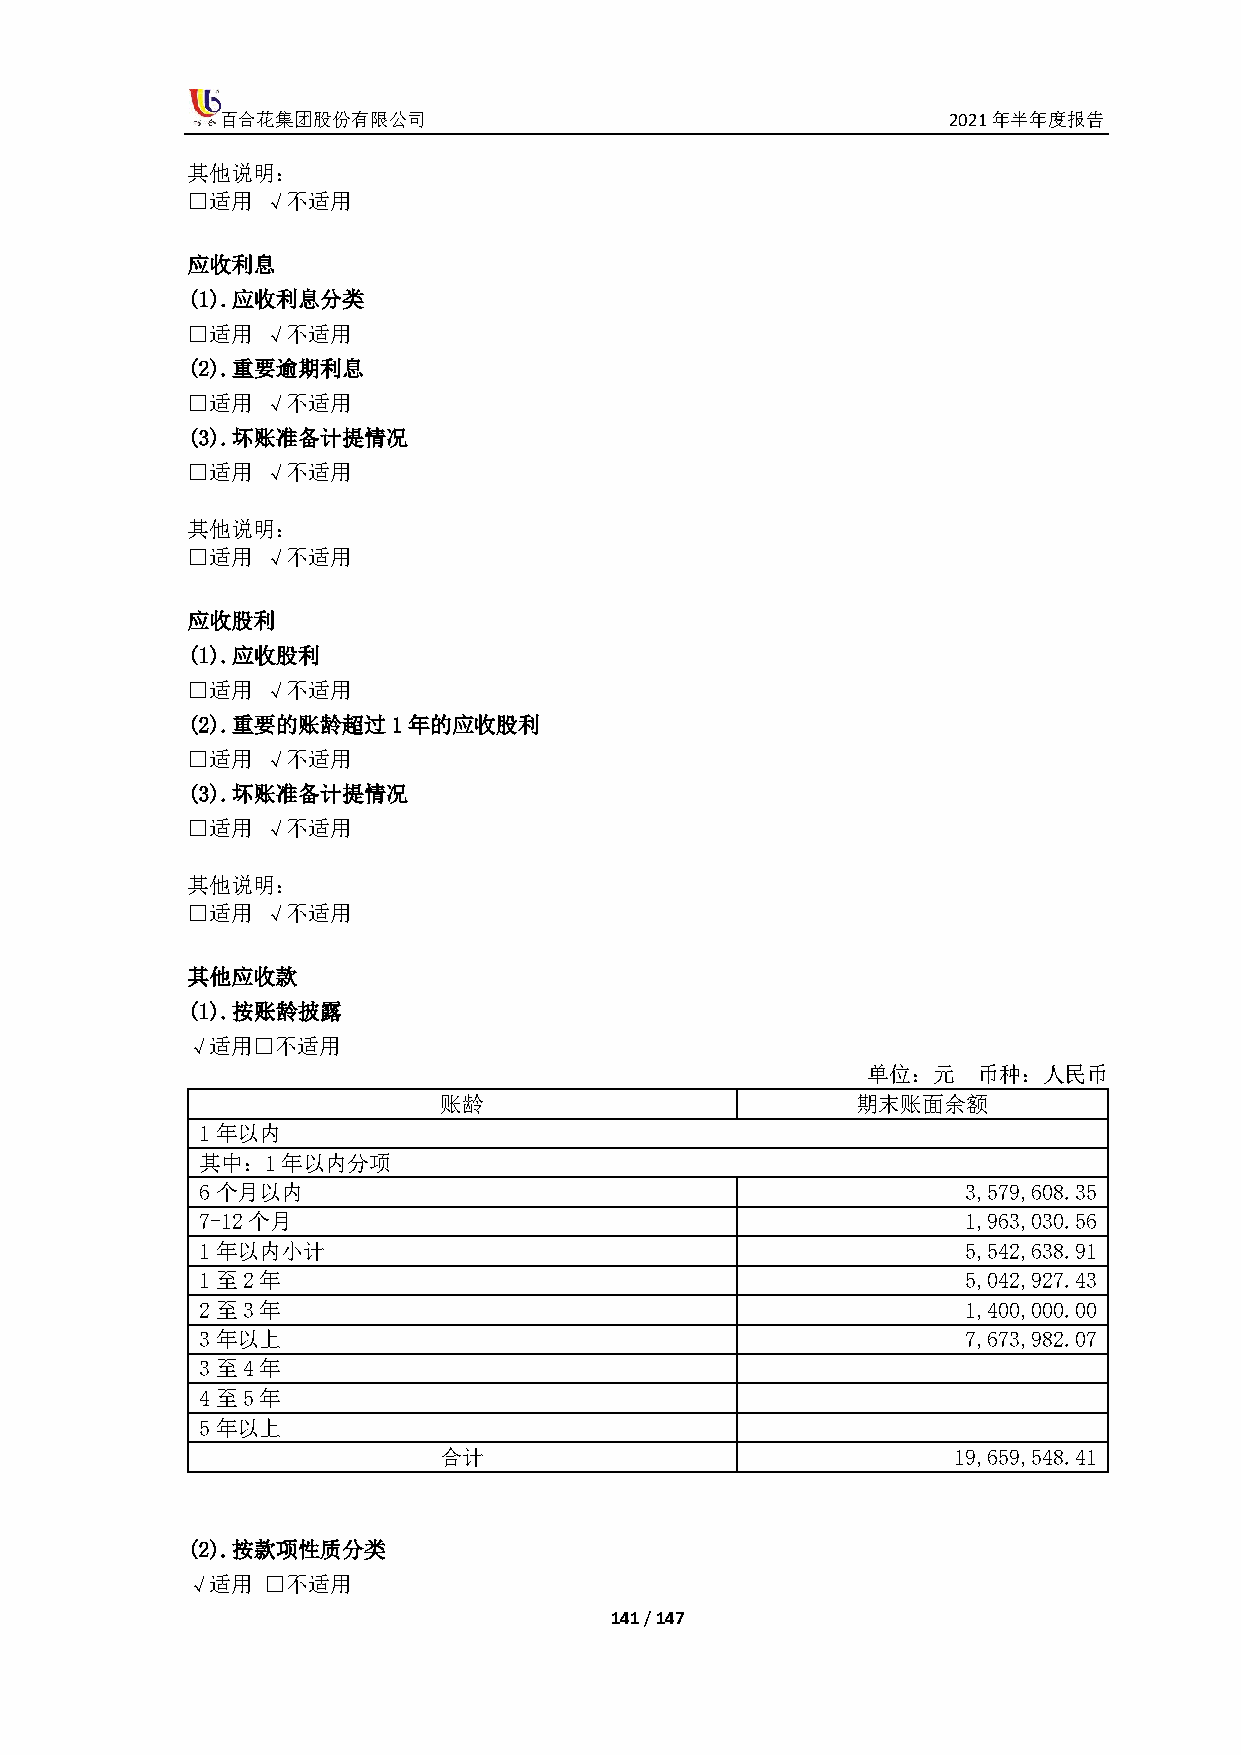
百合花集团股份有限公司                                     2021年半年度报告
 其他说明：
 □适用  √不适用
 应收利息
 (1). 应收利息分类
 □适用  √不适用
 (2). 重要逾期利息
 □适用  √不适用
 (3). 坏账准备计提情况
 □适用  √不适用
 其他说明：
 □适用  √不适用
 应收股利
 (1). 应收股利
 □适用  √不适用
 (2). 重要的账龄超过1年的应收股利
 □适用  √不适用
 (3). 坏账准备计提情况
 □适用  √不适用
 其他说明：
 □适用  √不适用
 其他应收款
 (1). 按账龄披露
 √适用□不适用
 单位：元    币种：人民币
 账龄                          期末账面余额
 1年以内
 其中：1年以内分项
 6个月以内                                              3,579,608.35
 7-12个月                                             1,963,030.56
 1年以内小计                                             5,542,638.91
 1至2年                                               5,042,927.43
 2至3年                                               1,400,000.00
 3年以上                                               7,673,982.07
 3至4年
 4至5年
 5年以上
 合计                                19,659,548.41
 (2). 按款项性质分类
 √适用  □不适用
 141 / 147